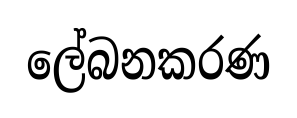
ලේබනකරණ